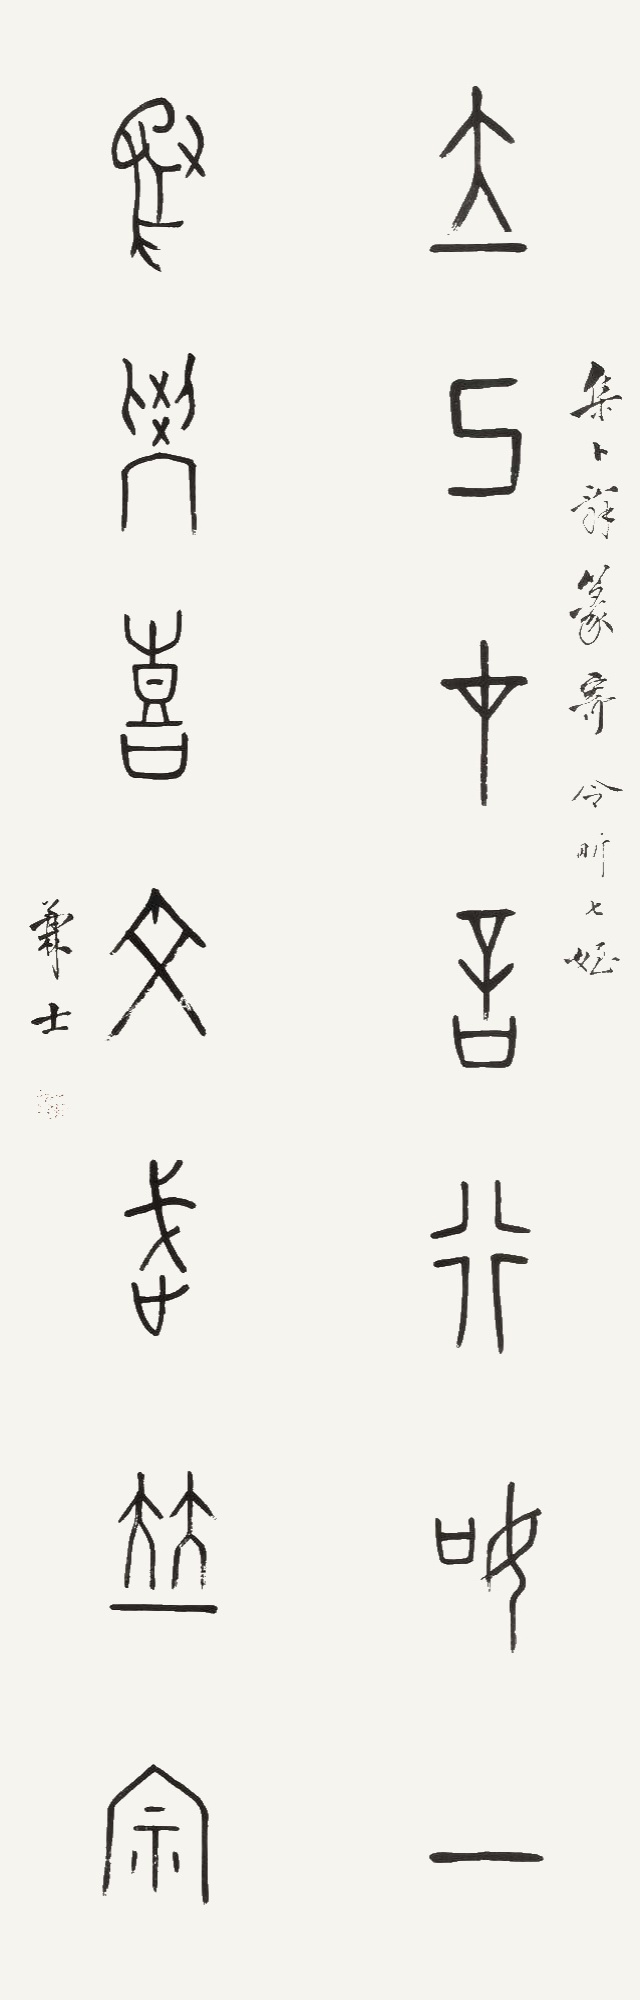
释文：立己在言行如一，为学喜文武并宗。集卜辞篆寄令昕七侄，兼士。